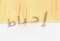
إحباط